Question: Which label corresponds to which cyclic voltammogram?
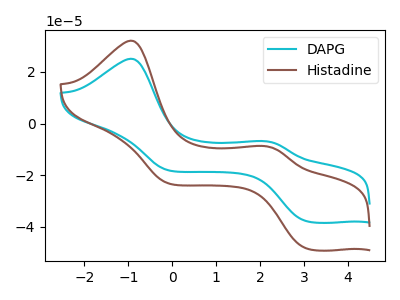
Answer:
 <answer>The cyan curve is labeled "DAPG". The brown curve is labeled "Histadine".</answer>
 <eval></eval>